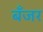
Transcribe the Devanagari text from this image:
बँजर